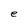
Character: e